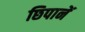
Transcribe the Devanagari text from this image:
छिपानें